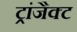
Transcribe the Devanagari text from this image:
ट्रांजैक्ट